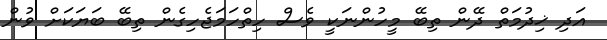
އަދި ޚިދުމަތް ދޭން ތިބޭ މީހުންނަކީ ވެސް ހިތްހަމަޖެހިގެން ތިބޭ ބަޔަކަށް ވުން